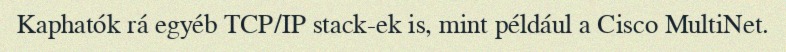
Kaphatók rá egyéb TCP/IP stack-ek is, mint például a Cisco MultiNet.